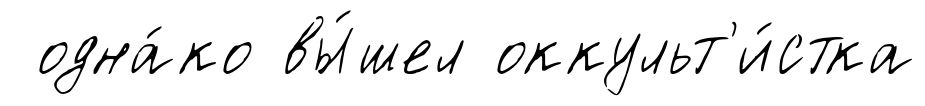
одна́ко вы́шел оккульт'и́стка